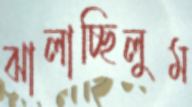
ঝালাচ্ছিলুম